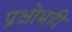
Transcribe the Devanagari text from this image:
प्रक्षोभही